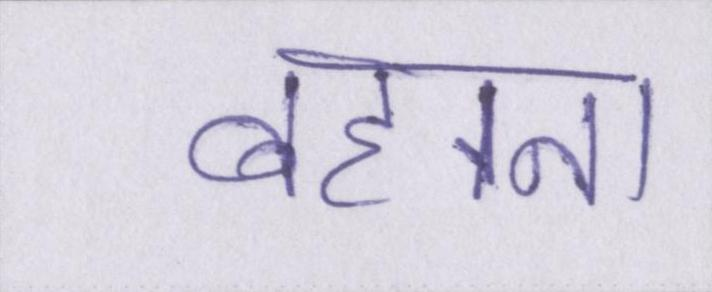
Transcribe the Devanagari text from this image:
बहाना